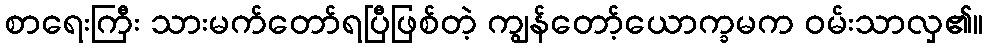
စာရေးကြီး သားမက်တော်ရပြီဖြစ်တဲ့ ကျွန်တော့်ယောက္ခမက ဝမ်းသာလှ၏။